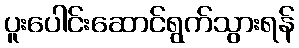
ပူးပေါင်းဆောင်ရွက်သွားရန်